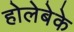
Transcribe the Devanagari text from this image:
होलेबेके